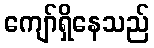
ကျော်ရှိနေသည်